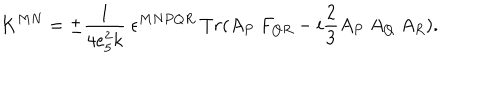
K ^ { M N } = \pm \frac { 1 } { 4 e _ { 5 } ^ { 2 } k } \ \epsilon ^ { M N P Q R } \ T r ( A _ { P } \ F _ { Q R } - i \frac { 2 } { 3 } A _ { P } \ A _ { Q } \ A _ { R } ) .